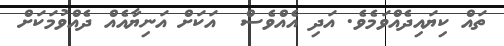
ތައް ކިޔައިދެއްވަމެވެ. އަދި އެއްވެސް  އަކަށް އަނިޔާއެއް ދެއްވުމަކަށް